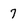
Character: 7